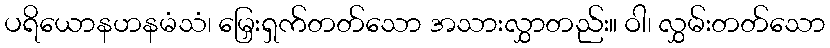
ပရိယောနဟနမံသံ၊ မြှေးရှက်တတ်သော အသားလွှာတည်း။ ဝါ၊ လွှမ်းတတ်သော